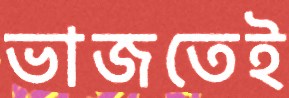
ভাজতেই